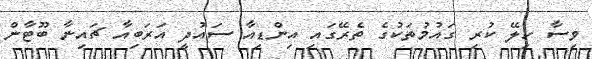
ވިސާ ހިލޭ ކުރި ގައުމުތަކުގެ ތެރޭގައި އިންޑިއާ ސައުދީ އަރަބިއާ ޗައިނާ ބޫޓާން